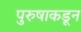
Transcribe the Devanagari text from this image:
पुरुषाकडून